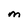
Character: M